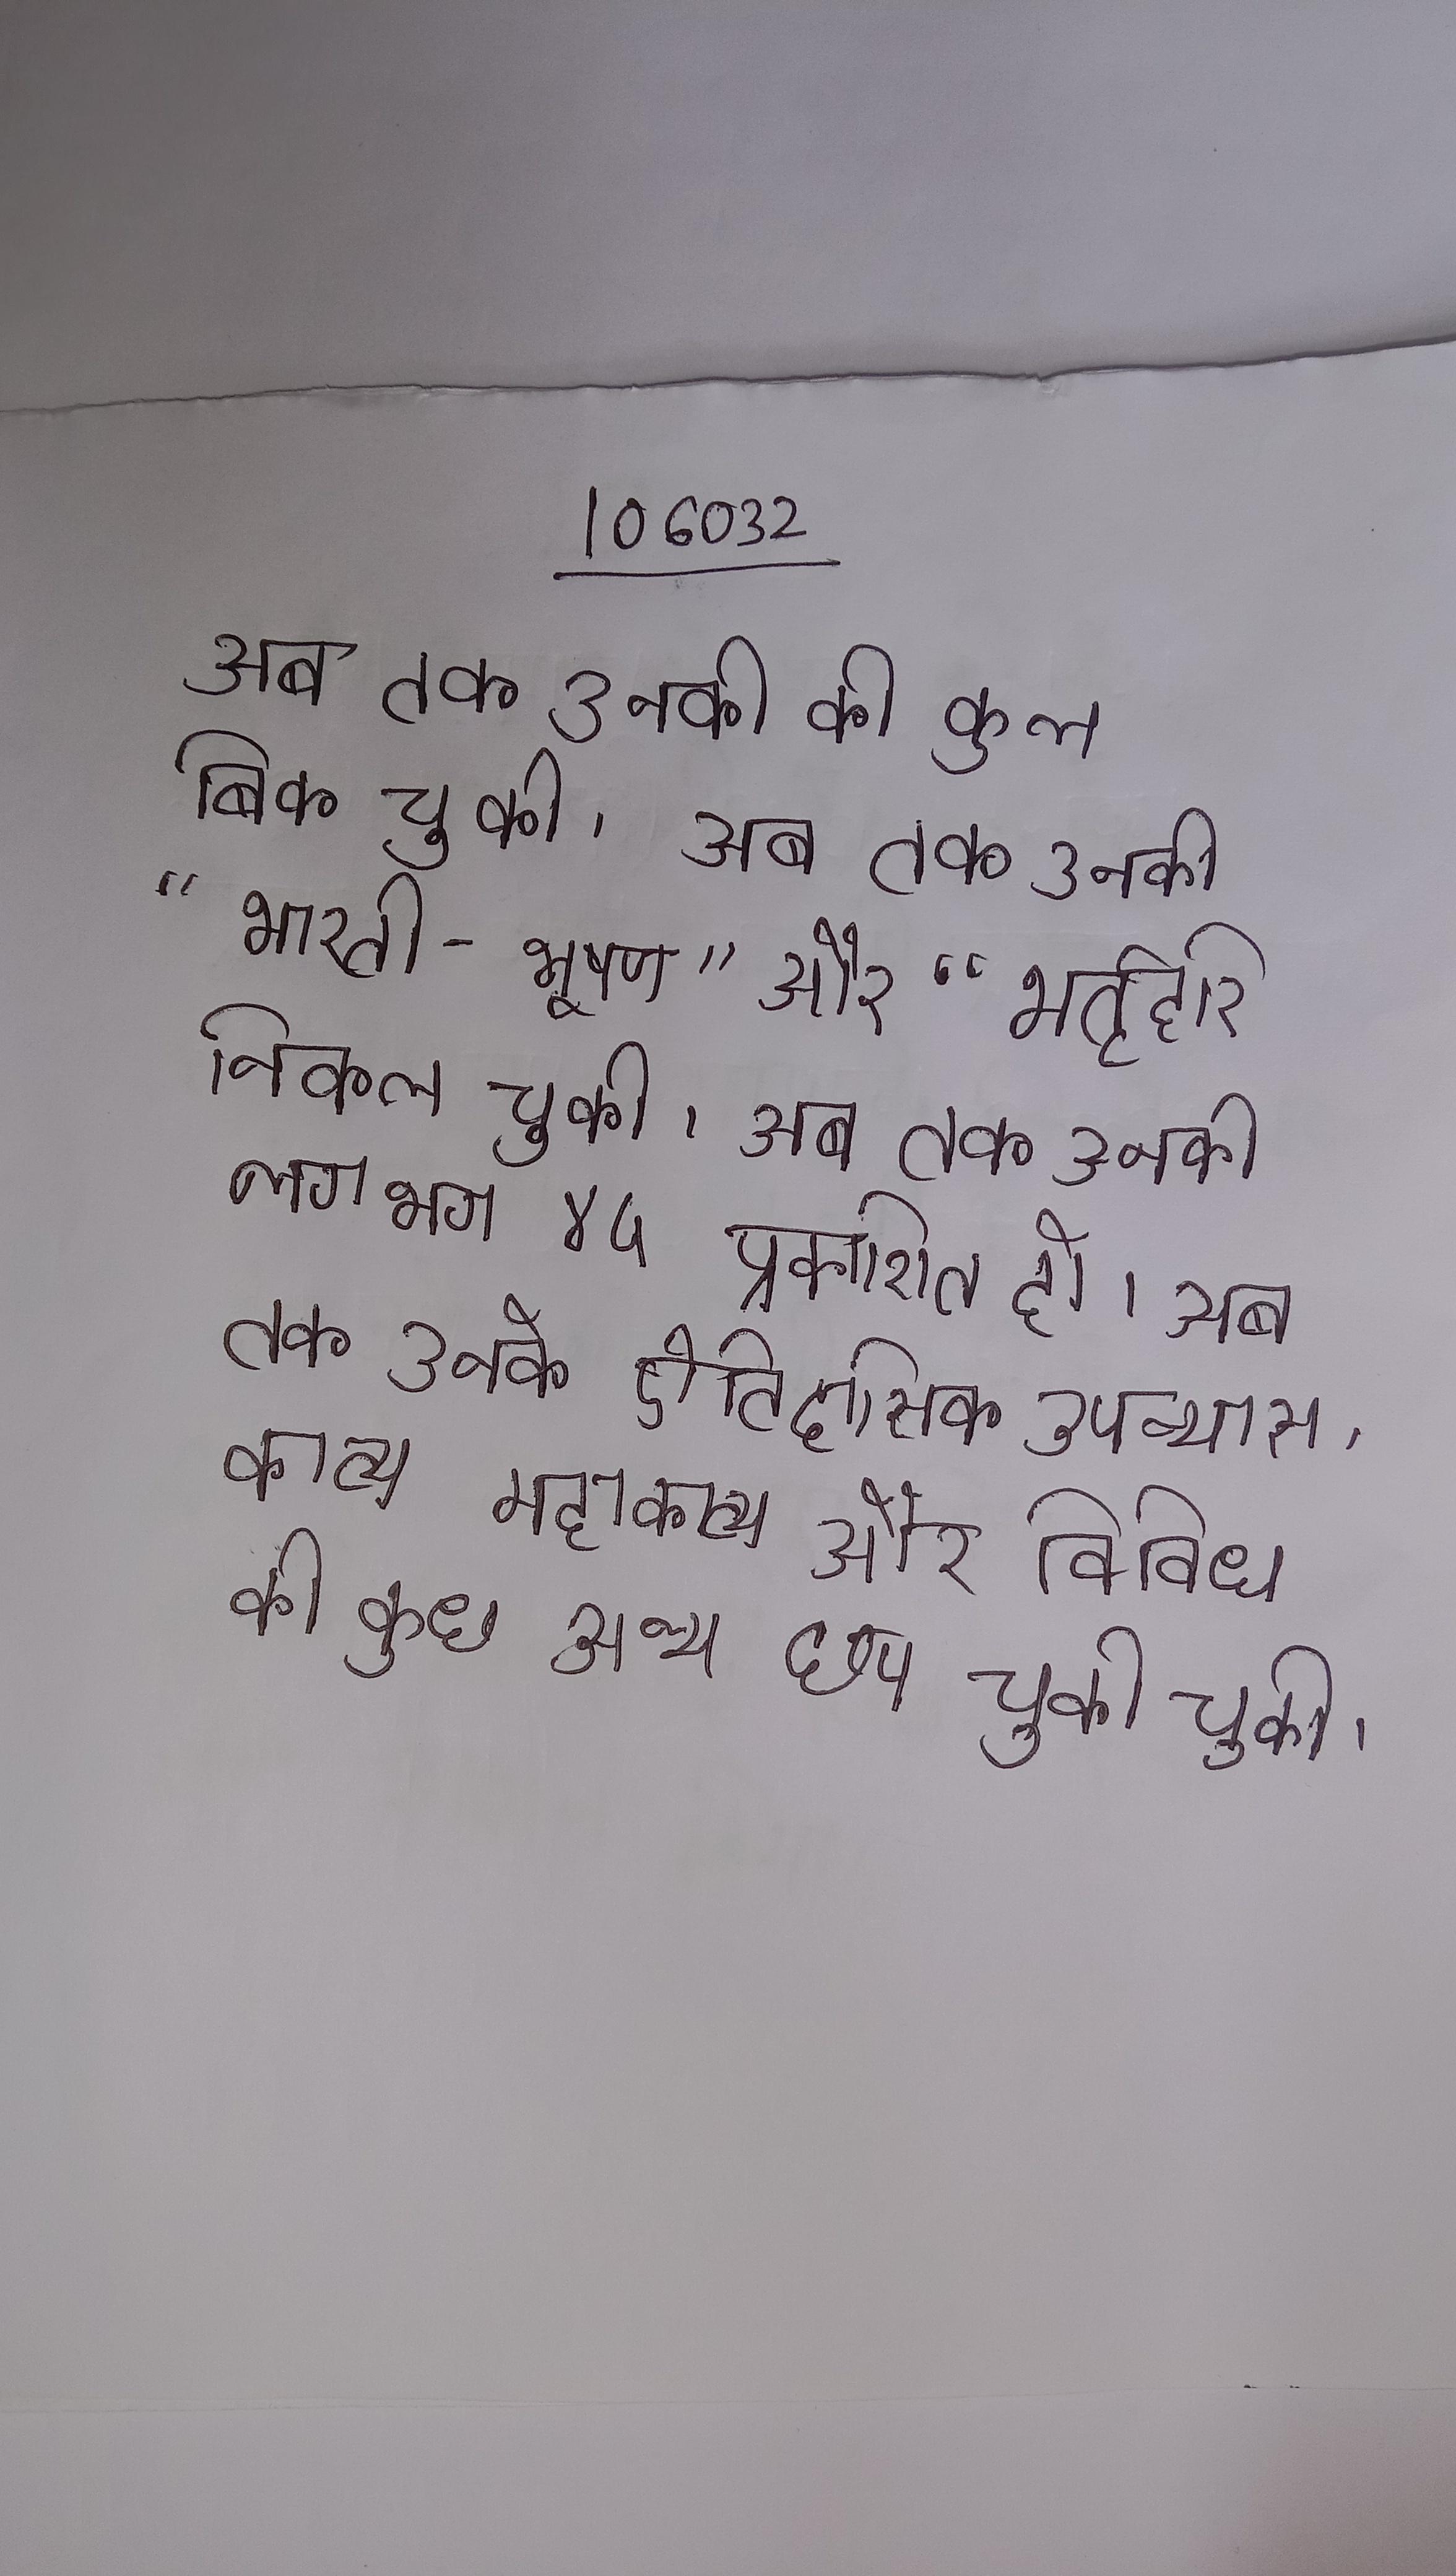
अब तक उनकी की कुल बिक चुकी । अब तक उनकी "भारती-भूषण" और "भर्तृहरि निकल चुकी । अब तक उनकी लगभग ४५ प्रकाशित हो । अब तक उनके ऐतिहासिक उपन्यास, काव्य महाकाव्य और विविध की कुछ अन्य छप चुकी चुकी ।